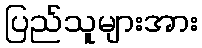
ပြည်သူများအား